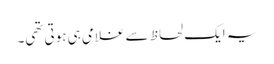
یہ ایک لحاظ سے غلامی ہی ہوتی تھی۔